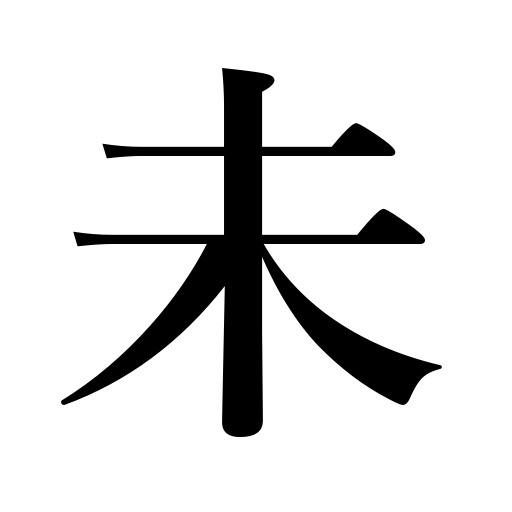
Meanings: not yet,un,not